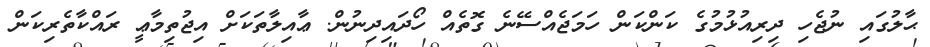
ޙާލުގައި ނުޖެހި ދިރިއުޅުމުގެ ކަންކަން ހަމަޖެއްސޭނެ ގޮތެއް ހޯދައިދިނުން. ޢާއިލާތަކަށް އިޖުތިމާޢީ ރައްކާތެރިކަން